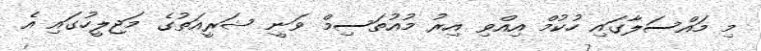
މި މައްސަލާގައި ހުކުމް އިއްވި އިރު މުއުތަސިމް ވަނީ ޝަރީއަތުގެ މަޖިލީހުގައި އެ